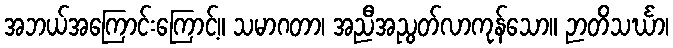
အဘယ်အကြောင်းကြောင့်။ သမာဂတာ၊ အညီအညွတ်လာကုန်သော။ ဉာတိသင်္ဃာ၊